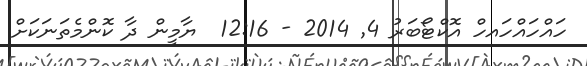
ހައްހައްހައހް އޮކްޓޯބަރު 4